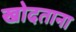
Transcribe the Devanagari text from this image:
खोदताना